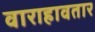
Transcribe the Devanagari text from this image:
वाराहावतार